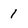
Character: 1